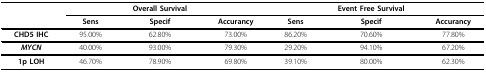
<table><thead><tr><td></td><td></td><td><b>Overall Survival</b></td><td></td><td></td><td><b>Event Free Survival</b></td><td></td></tr><tr><td></td><td><b>Sens</b></td><td><b>Specif</b></td><td><b>Accurancy</b></td><td><b>Sens</b></td><td><b>Specif</b></td><td><b>Accurancy</b></td></tr></thead><tbody><tr><td><b>CHD5 IHC</b></td><td>95.00%</td><td>62.80%</td><td>73.00%</td><td>86.20%</td><td>70.60%</td><td>77.80%</td></tr><tr><td><b><i>MYCN</i></b></td><td>40.00%</td><td>93.00%</td><td>79.30%</td><td>29.20%</td><td>94.10%</td><td>67.20%</td></tr><tr><td><b>1p LOH</b></td><td>46.70%</td><td>78.90%</td><td>69.80%</td><td>39.10%</td><td>80.00%</td><td>62.30%</td></tr></tbody></table>